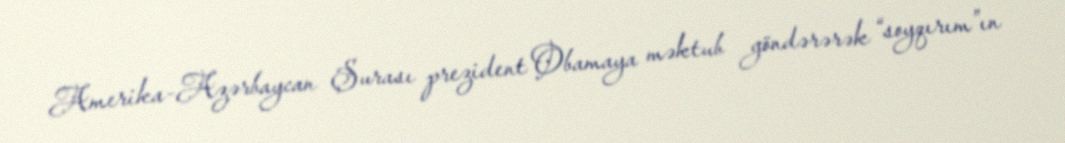
Amerika-Azərbaycan Şurası prezident Obamaya məktub göndərərək “soyqırım”ın